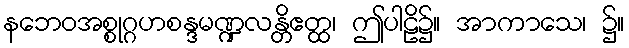
နဘေဝအစ္စုဂ္ဂဟစန္ဒမဏ္ဍလန္တိဧတ္ထ၊ ဤပါဠိ၌။ အာကာသေ၊ ၌။